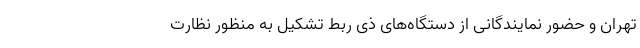
تهران و حضور نمایندگانی از دستگاه‌های ذی ربط تشکیل به منظور نظارت